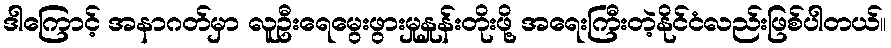
ဒါကြောင့် အနာဂတ်မှာ လူဦးရေမွေးဖွားမှုနှုန်းတိုးဖို့ အရေးကြီးတဲ့နိုင်ငံလည်းဖြစ်ပါတယ်။